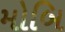
મોબિ